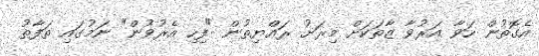
އެގޮތުން ހަވާ އަރުވާ ޒާތަކަށް މިރަށު ރައްޔިތުން "ފިހި އެރުވުން" ނަމުގައި ތަފާތު